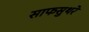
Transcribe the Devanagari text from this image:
साफसुथरे